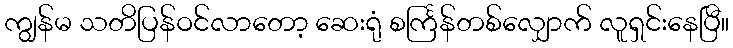
ကျွန်မ သတိပြန်ဝင်လာတော့ ဆေးရုံ စင်္ကြန်တစ်လျှောက် လူရှင်းနေပြီ။